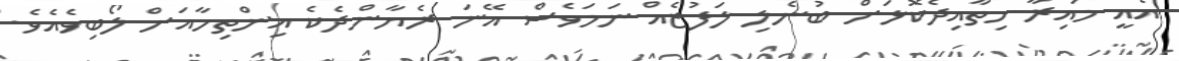
އެއީ މައިރާ ހިތާއިދެކޮޅަށް ބުނެލި ލަފުޒެއް ނަމަވެސް އޭނަ ރެޔާންދެކެ އިންތިހާއަށް ލޯބިވެއެވެ.